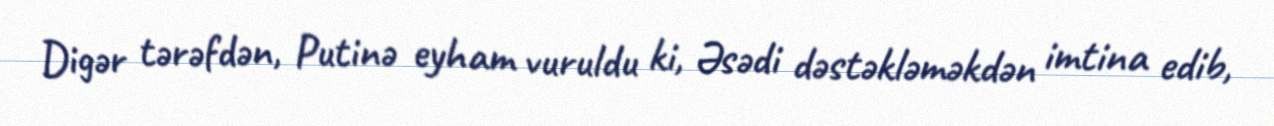
Digər tərəfdən, Putinə eyham vuruldu ki, Əsədi dəstəkləməkdən imtina edib,